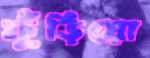
ফুঁড়িয়ো